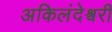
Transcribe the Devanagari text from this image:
अकिलंदेश्वरी